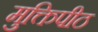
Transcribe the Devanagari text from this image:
मुक्तिपीठ